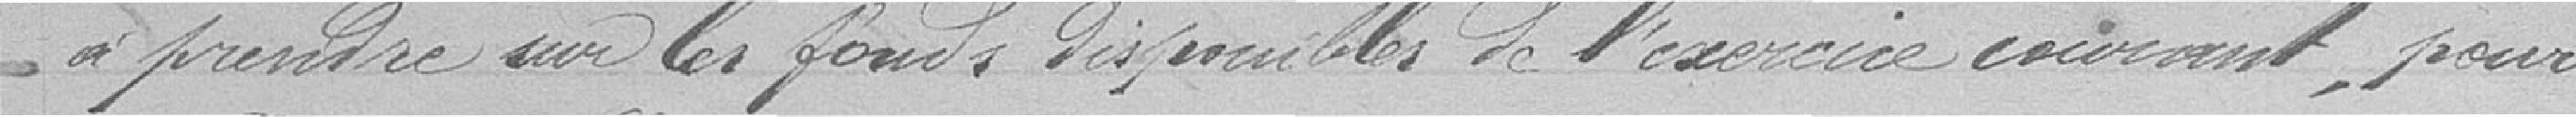
à prendre sur les fonds disponibles de l'exercice courant, pour